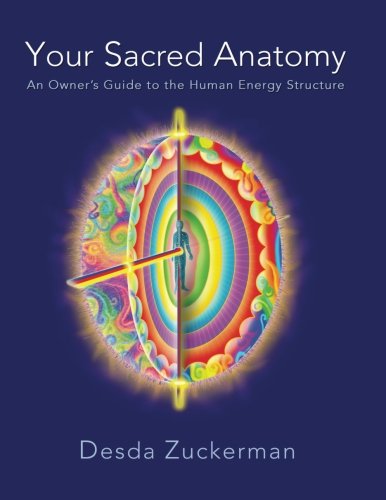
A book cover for Your Sacred Anatomy: An Owner's Guide To The Human Energy Structure; Desda Zuckerman; Health, Fitness & Dieting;